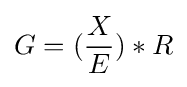
G=({\frac {X}{E}})*R